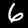
Label: 6